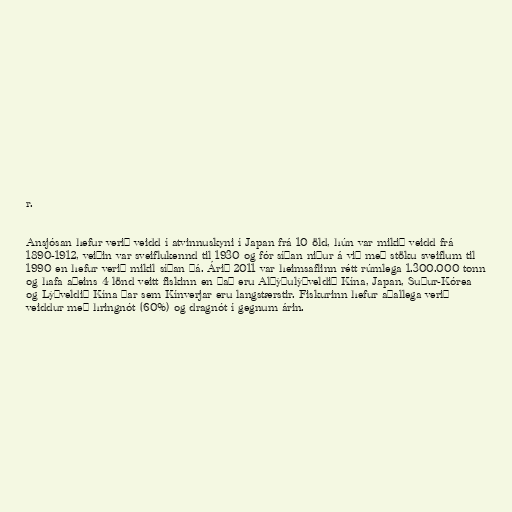
r.

Ansjósan hefur verið veidd í atvinnuskyni í Japan frá 10 öld, hún var mikið veidd frá
1890-1912, veiðin var sveiflukennd til 1930 og fór síðan niður á við með stöku sveiflum til
1990 en hefur verið mikil síðan þá. Árið 2011 var heimsaflinn rétt rúmlega 1.300.000 tonn
og hafa aðeins 4 lönd veitt fiskinn en það eru Alþýðulýðveldið Kína, Japan, Suður-Kórea
og Lýðveldið Kína þar sem Kínverjar eru langstærstir. Fiskurinn hefur aðallega verið
veiddur með hringnót (60%) og dragnót í gegnum árin.